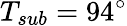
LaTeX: T_{sub}=94^{\circ}